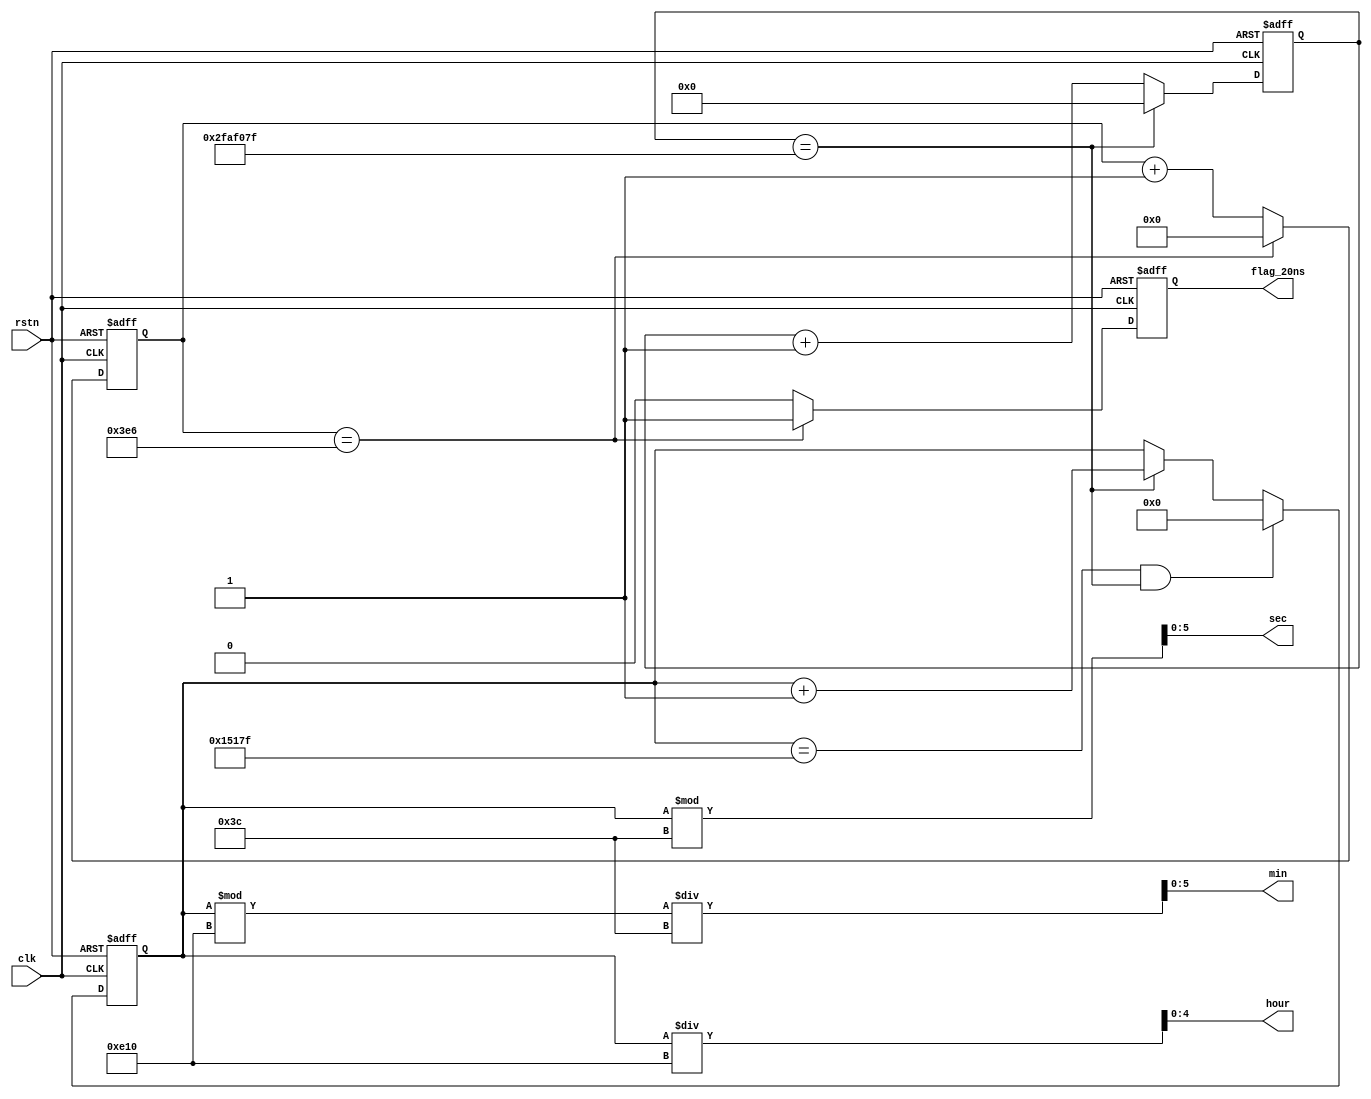
module time_count (
    input   wire            clk         ,
    input   wire            rstn        ,

    output  wire    [4:0]   hour        ,   // 
    output  wire    [5:0]   min         ,   // 
    output  wire    [5:0]   sec         ,   // 
    output  reg             flag_20ns   
);

    parameter   MAX_1S      =       26'd5000_0000,
                MAX_20NS    =       10'd999      ,
                MAX_DAY     =       17'd86400    ;

    reg     [25:0]      cnt_1s      ;
    reg     [9:0]       cnt_20ns    ;
    reg     [16:0]      cnt_day     ;


    always @(posedge clk or negedge rstn) begin
        if(!rstn) begin
            cnt_1s <= 26'd0;
        end
        else if(cnt_1s == MAX_1S - 1'd1) begin
            cnt_1s <= 26'd0;
        end
        else begin
            cnt_1s <= cnt_1s + 1'd1;
        end
    end
    
    always @(posedge clk or negedge rstn) begin
        if(!rstn) begin
            cnt_day <= 17'd0;
        end
        else if(cnt_day == MAX_DAY - 1'd1 && cnt_1s == MAX_1S - 1'd1) begin
            cnt_day <= 17'd0;
        end
        else if(cnt_1s == MAX_1S - 1'd1) begin
            cnt_day <= cnt_day + 1'd1;
        end
        else begin
            cnt_day <= cnt_day;
        end
    end

    always @(posedge clk or negedge rstn) begin
        if(!rstn) begin
            cnt_20ns <= 10'd0;
            flag_20ns <= 1'b0;
        end
        else if(cnt_20ns == MAX_20NS - 1'd1) begin
            cnt_20ns <= 10'd0;
            flag_20ns <= 1'b1;
        end
        else begin
            cnt_20ns <= cnt_20ns + 1'd1;
            flag_20ns <= 1'b0;
        end
    end

    assign hour = cnt_day / 12'd3600            ;
    assign min  = (cnt_day % 12'd3600) / 6'd60  ;
    assign sec  = cnt_day % 6'd60               ;
endmodule //time_count